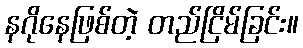
နဂိုနေဖြစ်တဲ့ တည်ငြိမ်ခြင်း။